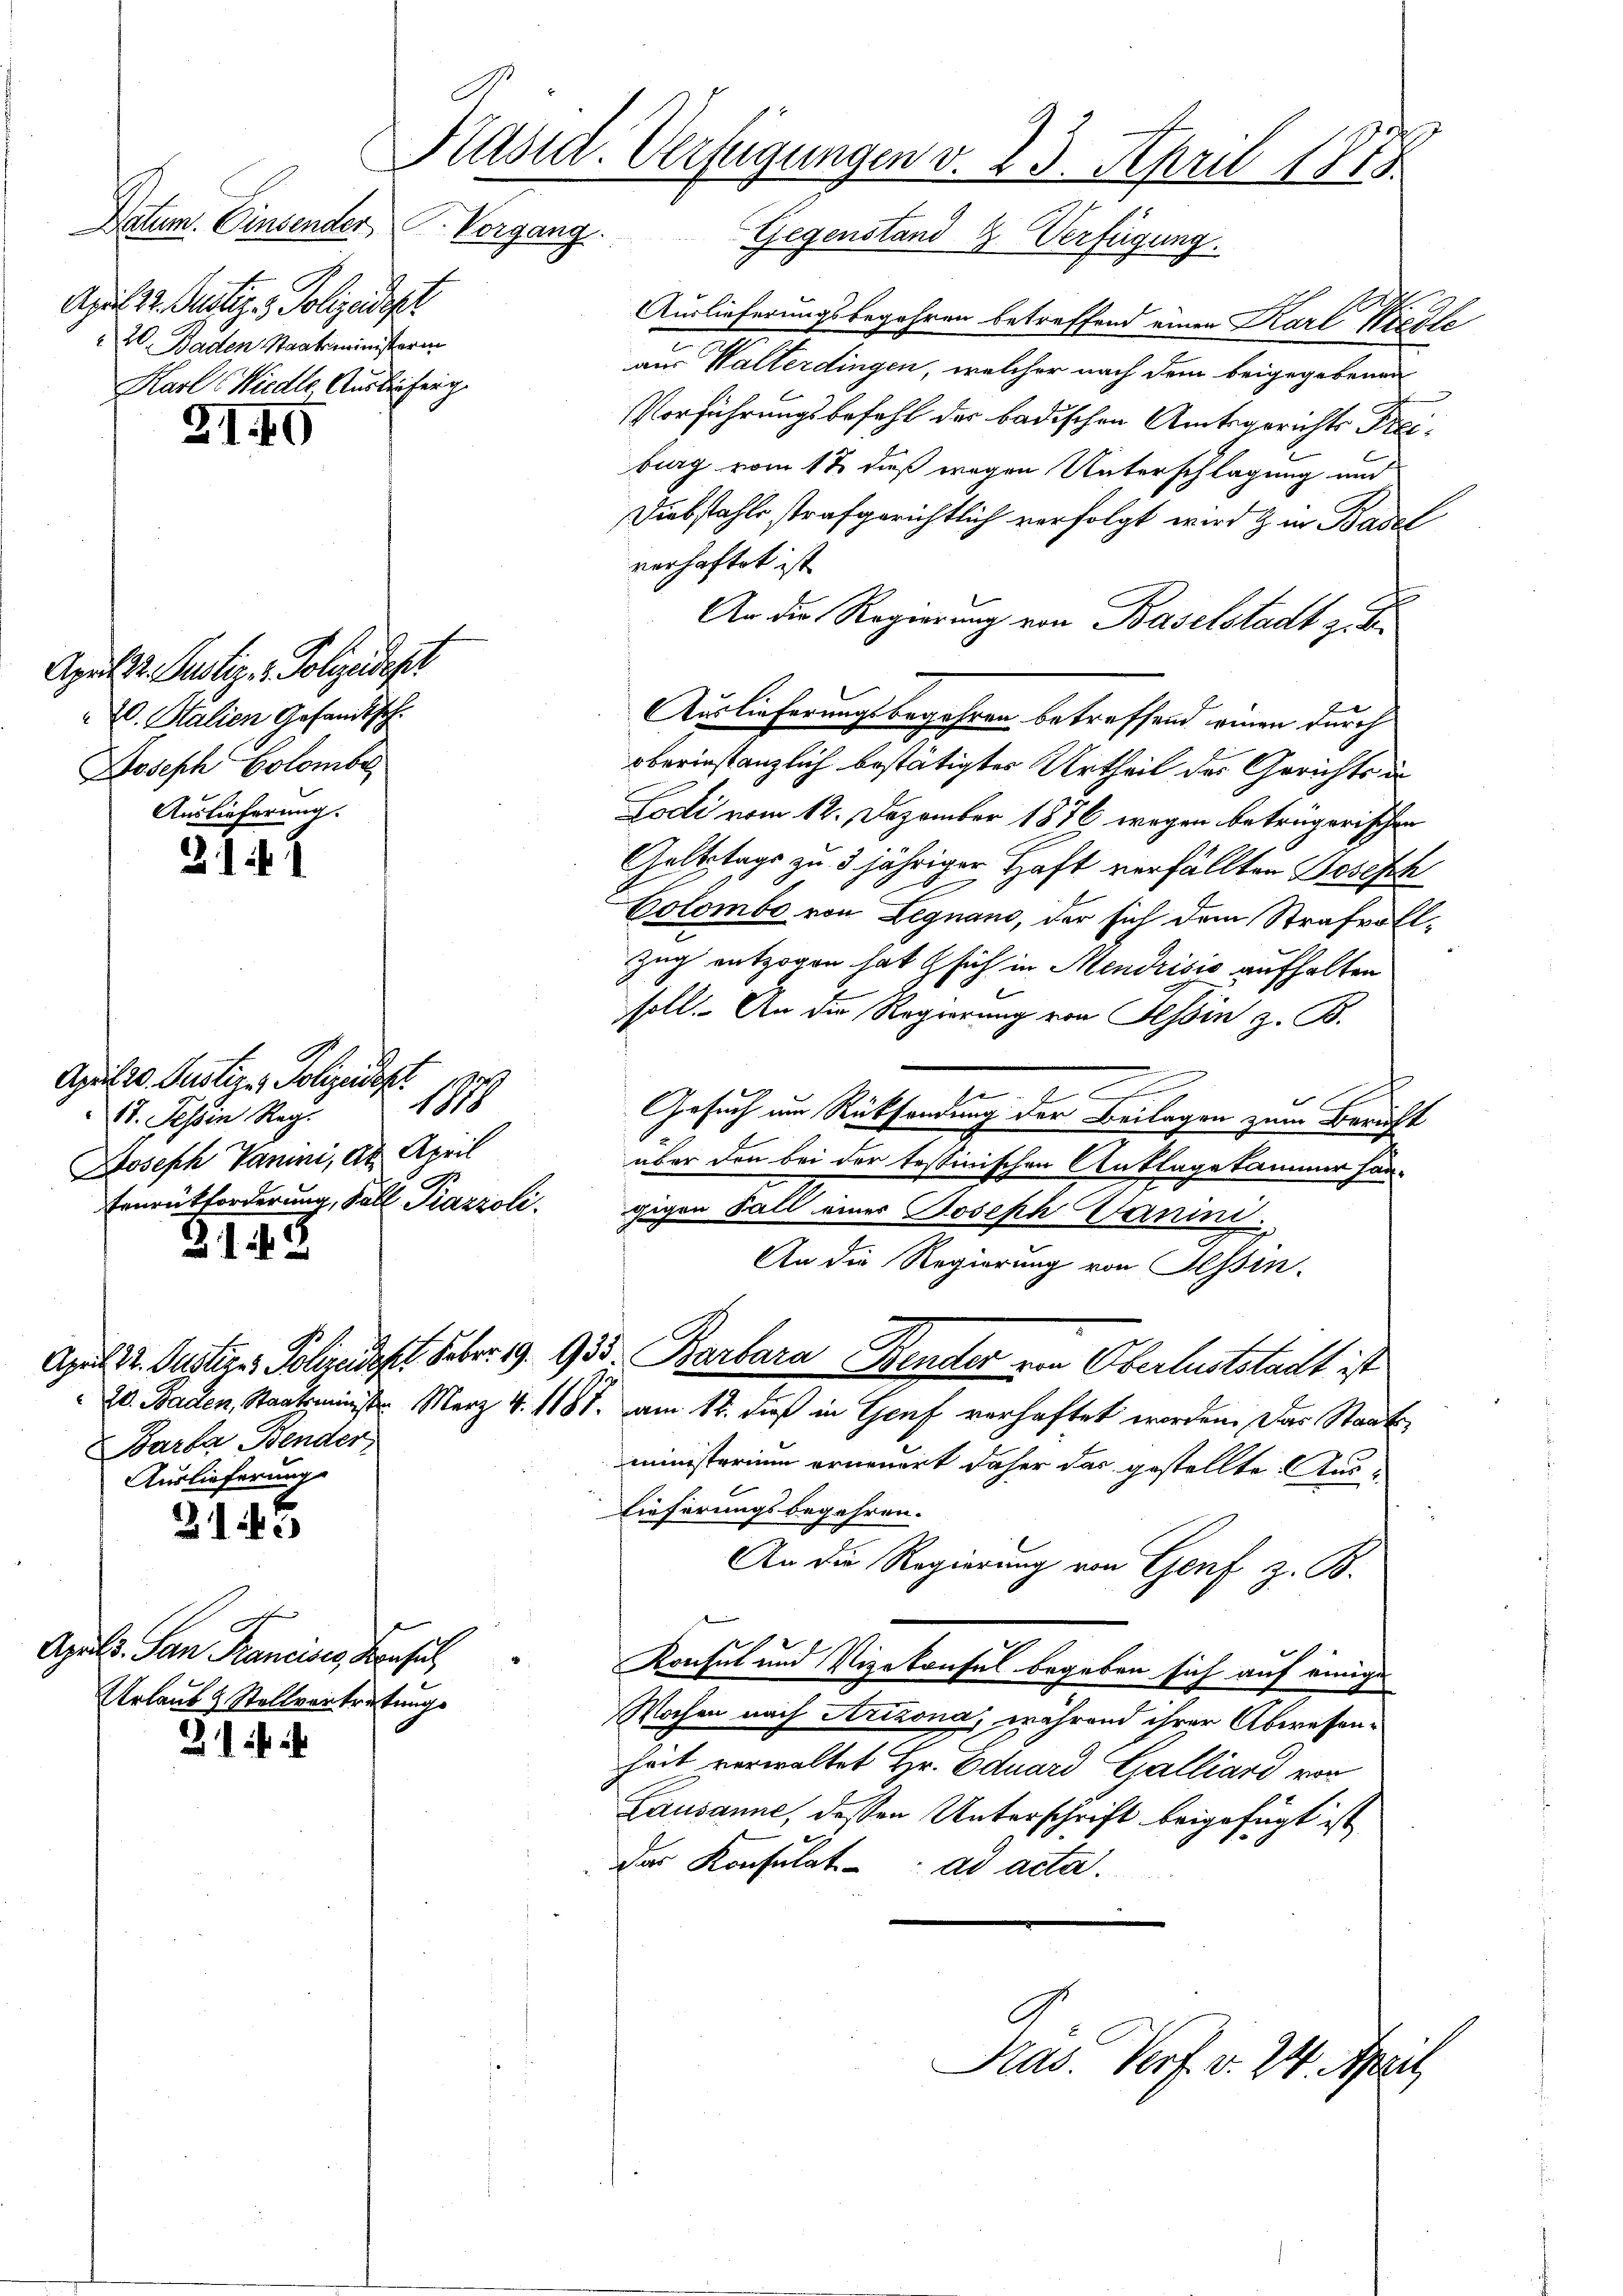
April 32. Gustiz - Polizeidigt
20 Baden Staatsministerin
Karl Wieder Auslieferg

April 2. Justiz & Polizeidepr
E. Stalien Gesandtsch
Joseph Colomber
Auslieferung.

31

31. 40

2143

2145

21 in ih

Päsid. Verfügungen v. 23. April 1875
Datum. Einsender Vorgang. Gegenstand & Verfügung.

a
April 20. Justiz- & Polizeidep
1818
17. Tessin Reg.
Joseph Vanini, Kt. April
Feurütforderung, Fall Piazzoli.

Barba Bender
Auslieferung

Apels San Francises, Konsul
Urlaub & Stellvertretungs

Auslieferungsbegehren betreffend einen Karl Wiedle
aus Walterdingen, welcher nach dem beigegebenen
Vorführungsbefehl der badischen Amtsgerichts Freiburg vom 12. dieß wegen Unterschlagung und
Diebstahls strafgerichtlich verfolgt wird & in Basel
verhaftet ist
An die Regierung von Baselstadt zu der
Auslieferungsbegehren betreffend einen durch
oberinstanzlich bestätigter Urtheil des Gerichts un
Lodi vom 12. Dezember 1876 wegen betrügerischen
Geltstags zu 3 jähriger Haft verfällten Dosisch
Colombe von Legnano, der sich dem Strafvoll¬
Zug entzogen hat sich in Mendrisis aufhalten
soll. An die Regierung von Tessin z. B.
e
e
Gesuch am Rücksendung der Beilagen zum Bericht
.
über den bei der testinischen Anklagekammer han-
gigen Fall einer Joseph Janini.
An die Regierung von Tessin.
Apul 12. Justiz - Polizucht. Febr. 19. 935. Barbara Bander von Oberluststadt ist
20. Baden, Staatsminister Merz 4. 1187. am 12. Fuß in Genf verhaftet worden. Das Staatsministerium erneuert daher das gestellte Aus¬
Lieferungsbegehren.
An die Regierung von Genf z. B.
Konsul und Vizekonsul begeben sich auf einige
Wochen nach Arizona, während ihrer Abwesenheit verwaltet Hr. Eduard Galliard von
Lausanne, dessen Unterschrift beigefügt ist
Das Konsulat ad acta.

Kas. Verf. v. 24. April